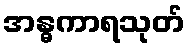
အန္ဓကာရသုတ်